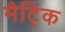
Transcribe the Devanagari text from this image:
मैट्कि